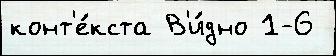
конт'е́кста В'и́дно 1-6